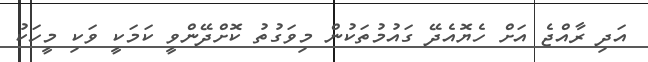
އަދި ރާއްޖެ އަށް ހެޔޮއެދޭ ގައުމުތަކުން މިވަގުތު ކޮށްދޭންވީ ކަމަކީ ވަކި މީހަކު